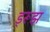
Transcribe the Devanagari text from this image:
ड्रूझ